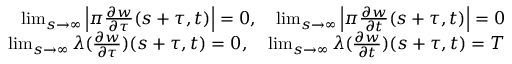
\begin{array} { r l r } & { } & { \operatorname* { l i m } _ { s \to \infty } \left| \pi \frac { \partial w } { \partial \tau } ( s + \tau , t ) \right| = 0 , \quad \operatorname* { l i m } _ { s \to \infty } \left| \pi \frac { \partial w } { \partial t } ( s + \tau , t ) \right| = 0 } \\ & { } & { \operatorname* { l i m } _ { s \to \infty } \lambda ( \frac { \partial w } { \partial \tau } ) ( s + \tau , t ) = 0 , \quad \operatorname* { l i m } _ { s \to \infty } \lambda ( \frac { \partial w } { \partial t } ) ( s + \tau , t ) = T } \end{array}